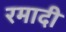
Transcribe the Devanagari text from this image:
रमादी